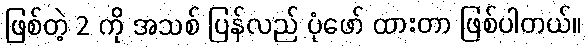
ဖြစ်တဲ့ 2 ကို အသစ် ပြန်လည် ပုံဖော် ထားတာ ဖြစ်ပါတယ်။